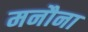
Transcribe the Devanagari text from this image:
मनौना